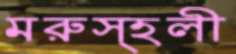
মরুস্হলী